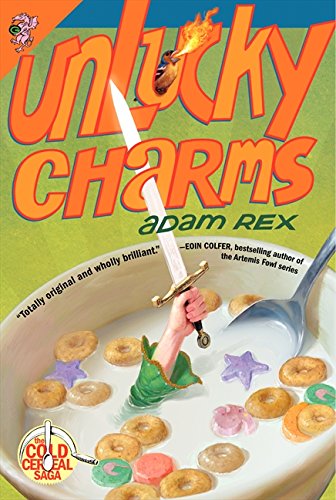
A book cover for Unlucky Charms (Cold Cereal Saga); Adam Rex; Children's Books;